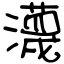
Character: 瀎